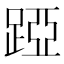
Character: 𨁶